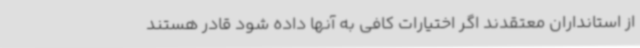
از استانداران معتقدند اگر اختیارات کافی به آنها داده شود قادر هستند